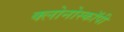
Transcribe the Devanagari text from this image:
क्लोनोस्कॉपी